Black-water fever - Number 35
Disease focus: Fever
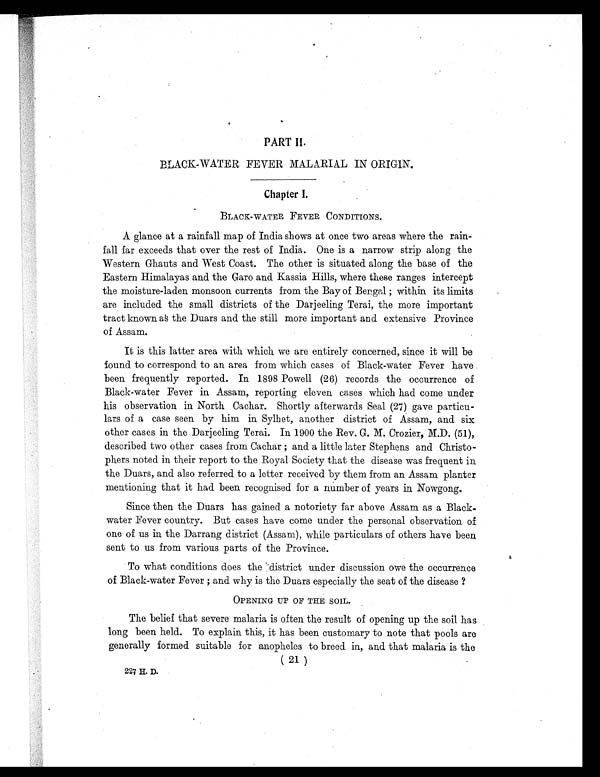
PART II.
BLACK-WATER FEVER MALARIAL IN ORIGIN.
Chapter I.
BLACK-WATER FEVER CONDITIONS.
A glance at a rainfall map of India shows at once two areas where the rain
- f a l l f a r e x c e e d s t h a t o v e r t h e r e s t o f I n d i a . O n e i s a n a r r o w s t r i p a l o n g t h e
Western Ghauts and West Coast. The other is situated along the base of the
Eastern Himalayas and the Garo and Kassia Hills, where these ranges intercept
the moisture-laden monsoon currents from the Bay of Bengal ; within its limits
are included the small districts of the Darjeeling Terai, the more important
t r a c t k n o w n a s t h e D u a r s a n d t h e s t i l l m o r e i m p o r t a n t a n d e x t e n s i v e P r o v i n c e
of Assam.
It is this latter area with which, we are entirely concerned, since it will be
found to correspond to an area from which cases of Black-water Fever have
been frequently reported. In 1898 Powell (26.) records the occurrence of
Black-water Fever in Assam, reporting eleven cases which had come under
his observation in North Cachar. Shortly afterwards Seal (27) gave particu
- l a r s o f a c a s e s e e n b y h i m i n S y l h e t , a n o t h e r d i s t r i c t o f A s s a m , a n d s i x
other cases in the Darjeeling Terai. In 1900 the Rev. G. M. Crozier, M.D. (51),
described two other cases from Cachar ; and a little later Stephens and Christo
-phers noted in their report to the Royal Society that the disease was frequent in
the Duars, and also referred to a letter received by them from an Assam planter
mentioning that it had been recognised for a number of years in Nowgong.
Since then the Duars has gained a notoriety far above Assam as a Black.
water Fever country. But cases have come under the personal observation of
one of us in the Darrang district (Assam), while particulars of others have been
sent to us from various parts of the Province.
To what conditions does the district under discussion owe the occurrence
of Black-water Fever ; and why is the Duars especially the seat of the disease ?
OPENING UP OF THE SOIL.
The belief that severe malaria is often the result of opening up the soil has
long been held. To explain this, it has been customary to note that pools are
generally formed suitable for anopheles to breed in, and that malaria is the
( 21 )
227 H. D.